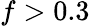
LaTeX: f>0.3